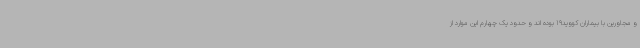
و مجاورین با بیماران کووید19 بوده اند و حدود یک چهارم این موارد از